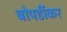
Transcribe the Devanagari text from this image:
बोपर्डीकर